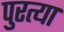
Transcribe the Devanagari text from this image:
पुरत्या